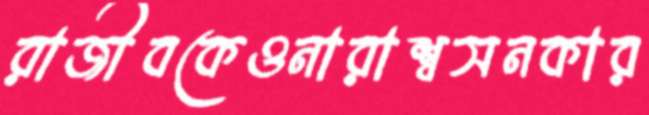
রাজীবকেওনারাশ্বসনকার